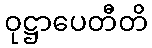
ဝုဋ္ဌာပေတီတိ